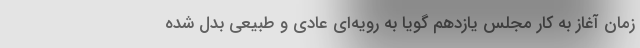
زمان آغاز به کار مجلس یازدهم گویا به رویه‌ای عادی و طبیعی بدل شده